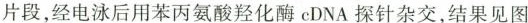
片段，经电泳后用苯丙氨酸羟化酶cDNA探针杂交，结果见图